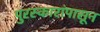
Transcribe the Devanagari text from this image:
पुरस्कारांपासून